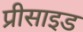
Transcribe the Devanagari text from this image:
प्रीसाइड